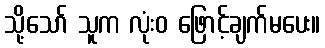
သို့သော် သူက လုံးဝ ဖြောင့်ချက်မပေး။